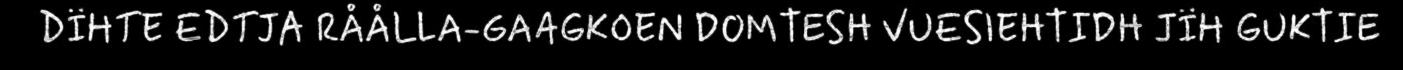
DÏHTE EDTJA RÅÅLLA-GAAGKOEN DOMTESH VUESIEHTIDH JÏH GUKTIE